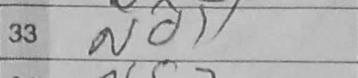
Transcription: Nd1